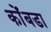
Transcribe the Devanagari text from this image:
कोंंबडा